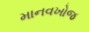
માનવખોજ